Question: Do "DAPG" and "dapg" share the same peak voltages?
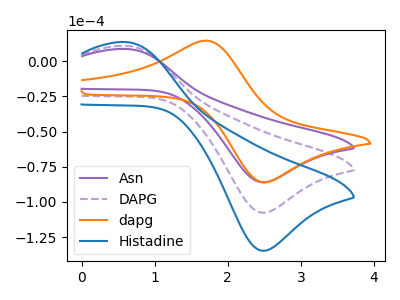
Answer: <think>The purple curve "Asn" has an anodic peak at (0.60V, 8.65uA) and a cathodic peak at (2.45V, -86.05uA). The purple dashed curve "DAPG" has an anodic peak at (0.60V, 10.80uA) and a cathodic peak at (2.45V, -107.60uA). The orange curve "dapg" has an anodic peak at (1.70V, 14.50uA) and a cathodic peak at (2.45V, -85.85uA). The blue curve "Histadine" has an anodic peak at (0.60V, 21.60uA) and a cathodic peak at (2.45V, -215.25uA).</think>
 <answer>No, "DAPG" and "dapg" have at least one peak that does not match.</answer>
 <eval>mismatch</eval>